Report of the Municipal Commissioner on the plague in Bombay for the year ending 31st May... - Volume 1
Disease focus: Plague
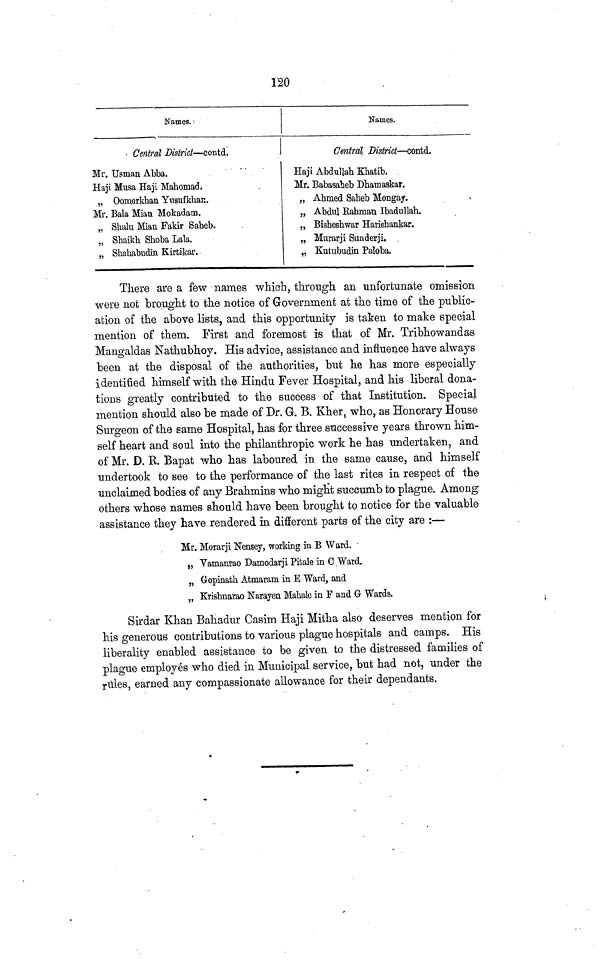
120
Names.
Central District — contd.
Mr. Usman Abba.
Haji Musa Haji Mahomad.
„ Oomerkhan Yusufkhan.
Mr. Bala Mian Mokadam.
„ Shalu Mian Fakir Saheb.
„ Shaikh Shoba Lala.
„ Shahabudin Kirtikar.
Names.
Central District — contd.
Haji Abdullah Khatib.
Mr. Babasaheb Dhamaskar.
„ Ahmed Saheb Mongay.
„ Abdul Rahman Ibadullah.
„ Bisheshwar Harishankar.
„ Murarji Sunderji.
„ Kutubudin Paloba.
There are a few names which, through an unfortunate omission
were not brought to the notice of Government at the time of the public-
ation of the above lists, and this opportunity is taken to make special
mention of them. First and foremost is that of Mr. Tribhowandäs
Mangaldas Nathubhoy. His advice, assistance and influence have always
been at the disposal of the authorities, but he has more especially
identified himself with the Hindu Fever Hospital, and his liberal dona-
tions greatly contributed to the success of that Institution. Special
mention should also be made of Dr. G. B. Kher, who, as Honorary House
Surgeon of the same Hospital, has for three successive years thrown him-
self heart and soul into the philanthropic work he has undertaken, and
of Mr. D. B. Bapat who has laboured in the same cause, and himself
undertook to see to the performance of the last rites in respect of the
unclaimed bodies of any Brahmins who might succumb to plague. Among
others whose names should have been brought to notice for the valuable
assistance they have rendered in different parts of the city are :—
Mr. Morarji Nensey, working in B Ward.
„ Vamanrao Damodarji Pitale in C Ward,
„ Gopinath Atmaram in E Ward, and
„ Krishnarao Narayen Mahale in F and G Wards.
Sirdar Khan Bahadur Casim Haji Mitha also deserves mention for
his generous contributions to various plague hospitals and camps. His
liberality enabled assistance to be given to the distressed families of
plague employés who died in Municipal service, but had not, under the
rules, earned any compassionate allowance for their dependants.